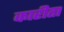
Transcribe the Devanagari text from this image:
कारीता